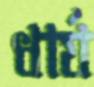
ধার্য